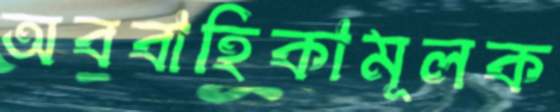
অববাহিকামূলক